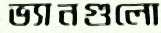
ভ্যানগুলো